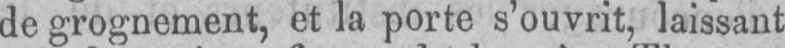
de grognement, et la porte s’ouvrit, laissant